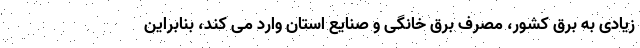
زیادی به برق کشور، مصرف برق خانگی و صنایع استان وارد می کند، بنابراین